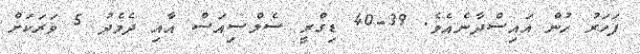
ފަހަރު ހުން އައިސްދާނެއެވެ. 39-40 ޑިގްރީ ސެލްސިއަސް އާއި ދެމެދު 5 ވަރަކަށް